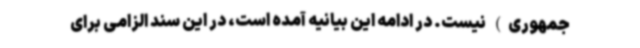
جمهوری) نیست. در ادامه این بیانیه آمده است، در این سند الزامی برای